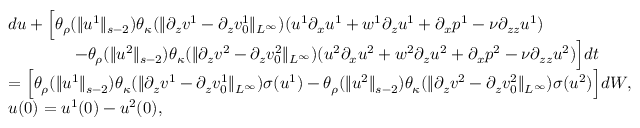
\begin{array} { r l } & { d u + \Big [ \theta _ { \rho } ( \| u ^ { 1 } \| _ { s - 2 } ) \theta _ { \kappa } ( \| \partial _ { z } v ^ { 1 } - \partial _ { z } v _ { 0 } ^ { 1 } \| _ { L ^ { \infty } } ) ( u ^ { 1 } \partial _ { x } u ^ { 1 } + w ^ { 1 } \partial _ { z } u ^ { 1 } + \partial _ { x } p ^ { 1 } - \nu \partial _ { z z } u ^ { 1 } ) } \\ & { \qquad \qquad - \theta _ { \rho } ( \| u ^ { 2 } \| _ { s - 2 } ) \theta _ { \kappa } ( \| \partial _ { z } v ^ { 2 } - \partial _ { z } v _ { 0 } ^ { 2 } \| _ { L ^ { \infty } } ) ( u ^ { 2 } \partial _ { x } u ^ { 2 } + w ^ { 2 } \partial _ { z } u ^ { 2 } + \partial _ { x } p ^ { 2 } - \nu \partial _ { z z } u ^ { 2 } ) \Big ] d t } \\ & { = \Big [ \theta _ { \rho } ( \| u ^ { 1 } \| _ { s - 2 } ) \theta _ { \kappa } ( \| \partial _ { z } v ^ { 1 } - \partial _ { z } v _ { 0 } ^ { 1 } \| _ { L ^ { \infty } } ) \sigma ( u ^ { 1 } ) - \theta _ { \rho } ( \| u ^ { 2 } \| _ { s - 2 } ) \theta _ { \kappa } ( \| \partial _ { z } v ^ { 2 } - \partial _ { z } v _ { 0 } ^ { 2 } \| _ { L ^ { \infty } } ) \sigma ( u ^ { 2 } ) \Big ] d W , } \\ & { u ( 0 ) = u ^ { 1 } ( 0 ) - u ^ { 2 } ( 0 ) , } \end{array}